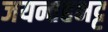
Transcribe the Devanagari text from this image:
जयन्तहभट्ट